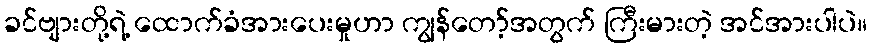
ခင်ဗျားတို့ရဲ့ ထောက်ခံအားပေးမှုဟာ ကျွန်တော့်အတွက် ကြီးမားတဲ့ အင်အားပါပဲ။